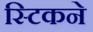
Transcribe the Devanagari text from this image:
स्टिकने